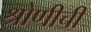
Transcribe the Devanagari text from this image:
श्रोणीची